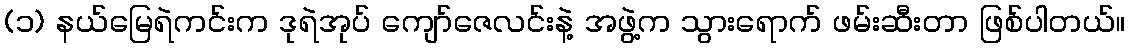
(၁) နယ်မြေရဲကင်းက ဒုရဲအုပ် ကျော်ဇေလင်းနဲ့ အဖွဲ့က သွားရောက် ဖမ်းဆီးတာ ဖြစ်ပါတယ်။